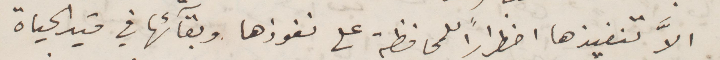
لا تنفيذها اضطرارًا للمحافظة على نفوذها وبقاءَها في قيد الحياة